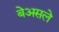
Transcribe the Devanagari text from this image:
बेअसले